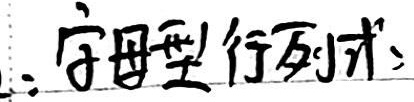
字母型行列式：